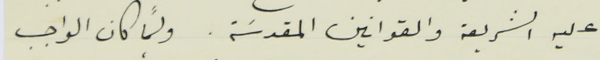
عليه الشريعة والقوانين المقدسَة. ولمَّا كان الواجب